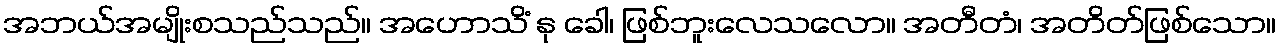
အဘယ်အမျိုးစသည်သည်။ အဟောသိံ နု ခေါ၊ ဖြစ်ဘူးလေသလော။ အတီတံ၊ အတိတ်ဖြစ်သော။